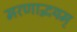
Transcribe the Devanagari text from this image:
मरणाद्भयम्